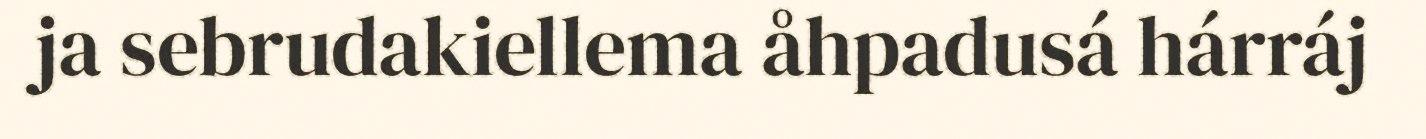
ja sebrudakiellema åhpadusá hárráj